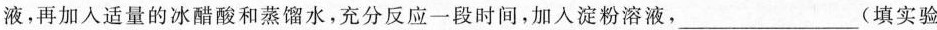
液，再加入适量的冰醋酸和蒸馏水，充分反应一段时间，加入淀粉溶液，___(填实验